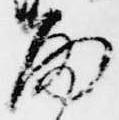
雨